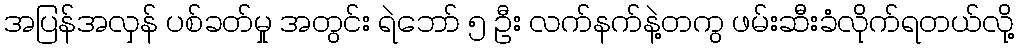
အပြန်အလှန် ပစ်ခတ်မှု အတွင်း ရဲဘော် ၅ ဦး လက်နက်နဲ့တကွ ဖမ်းဆီးခံလိုက်ရတယ်လို့